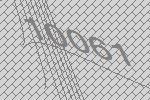
10061